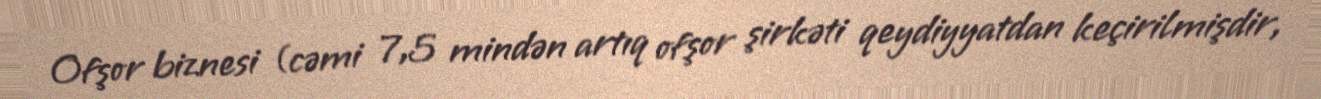
Ofşor biznesi (cəmi 7,5 mindən artıq ofşor şirkəti qeydiyyatdan keçirilmişdir,